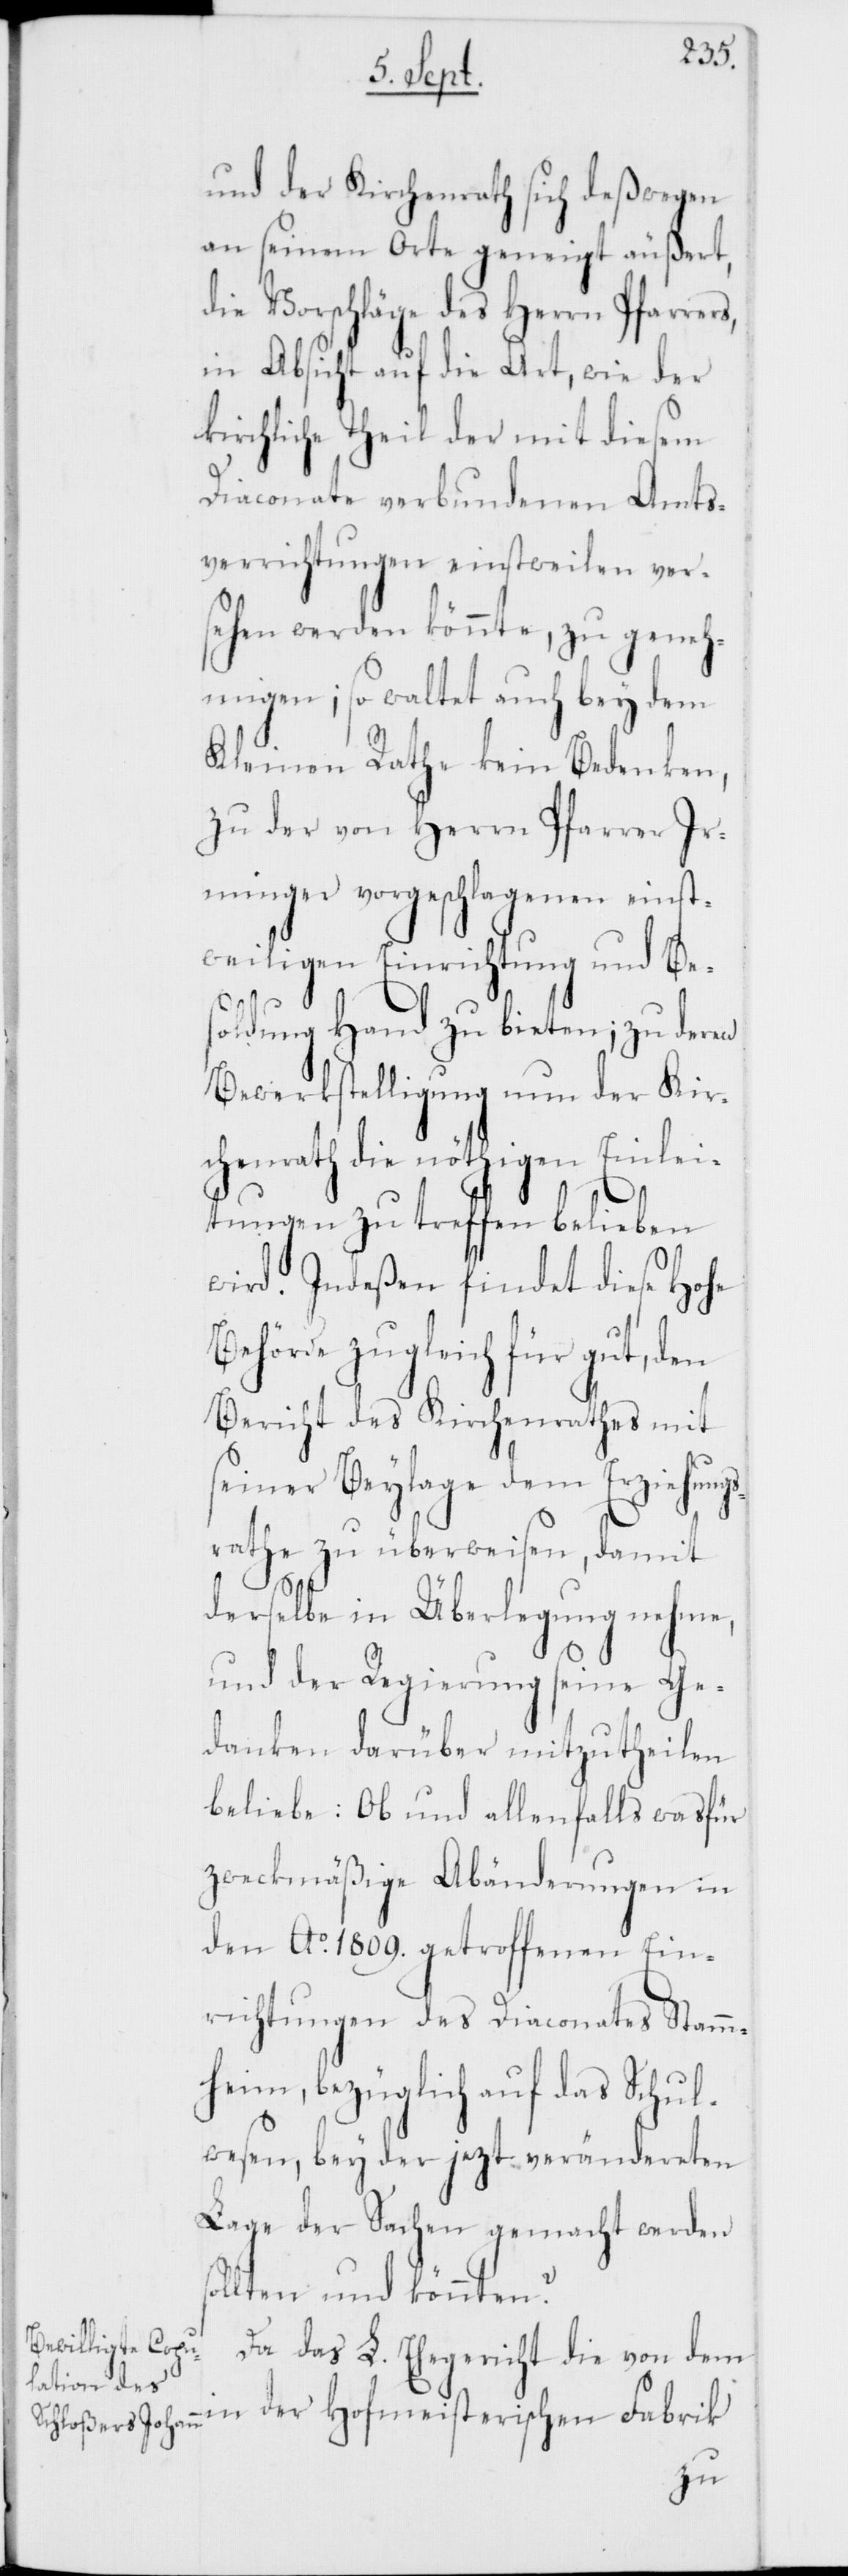
lieben
und der Kirchenrath sich deßwegen
an seinem Orte geneigt äußert,
die Vorschläge des Herrn Pfarre¬
in Absicht auf die Art, wie der
kirchliche Theil der mit diesem
Diaconate verbundenen Amts¬
verrichtungen einstweilen ver¬
sehen werden könnte, zu geneh¬
migen; so waltet auch bey dem
Kleinen Rathe kein Be¬
zu der von Herrn Pfarrer
Irminger vorgeschlagenen
weiligen Einrichtung un¬
dung Hand zu bieten;
Bewerkstelligung nun
chenrath die nöthigen
tungen zu treffen be¬
wird. Indeßen findet diese
Behörde zugleich für gu¬
Bericht des Kirchenrathes mit
seiner Beylage dem Erziehu¬
rathe zu überweisen, damit
s¬
derselbe in Überlegung nehme,
und der Regierung seine Ge¬
danken darüber mitzutheilen
beliebe: Ob und allenfalls was für
zweckmäßige Abänderungen in
den Ao 1809. getroffenen Ein¬
richtungen des Diaconates Stamm¬
heim, bezüglich auf das Schul¬
wesen, bey der jezt verändereten
Lage der Sachen gemacht werden
ollten und könnten?
Da das L. Ehegericht die von dem
in der Hofmeisterischen Fabrik
zu